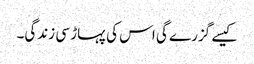
کیسے گزرے گی اس کی پہاڑ سی زندگی۔